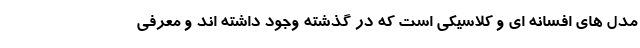
مدل های افسانه ای و کلاسیکی است که در گذشته وجود داشته اند و معرفی